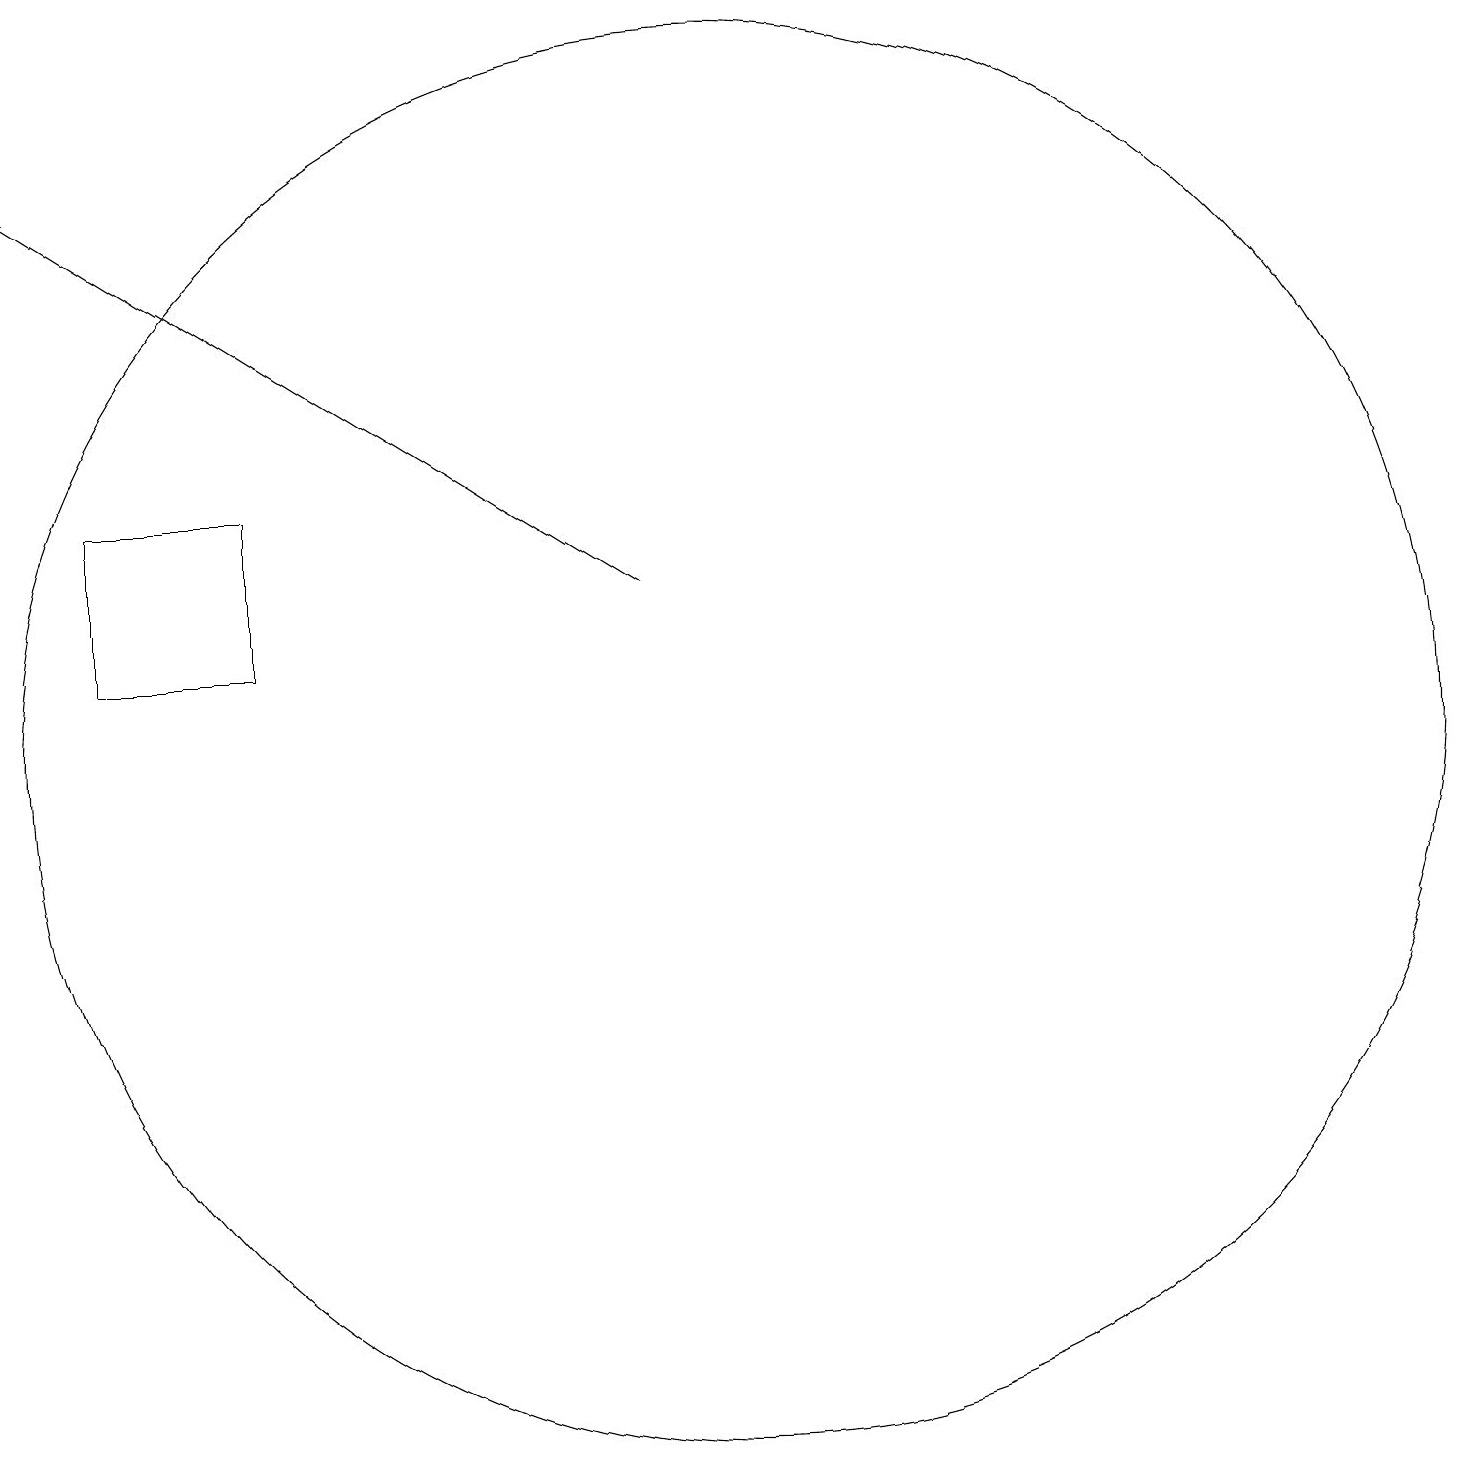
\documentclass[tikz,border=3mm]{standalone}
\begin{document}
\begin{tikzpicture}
\draw (4,15) rectangle (2,13);
\draw (10,12) circle (9);
\draw[->] (9,14) -- (1,19);
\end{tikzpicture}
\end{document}